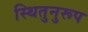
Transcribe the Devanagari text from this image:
स्थितुनुरूप